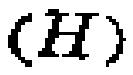
$(\dot{H})$